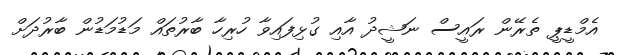
އެމްޑީޕީ ތެރޭން ރައީސް ނަޝީދު އާއި ގުޅިފައިވާ ހުރިހާ ބާރުތައް މަޑުމަޑުން ބާރުދަށް